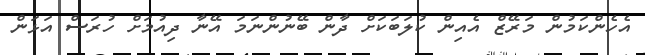
އެހެންކަމުން މަރޭޒް އެއިން ކުލަބަކަށް ދާން ބޭނުންނަމަ އޭނާ ދިއުމަށް ހުރަސް އަޅަން